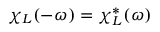
\chi _ { L } ( - \omega ) = \chi _ { L } ^ { * } ( \omega )